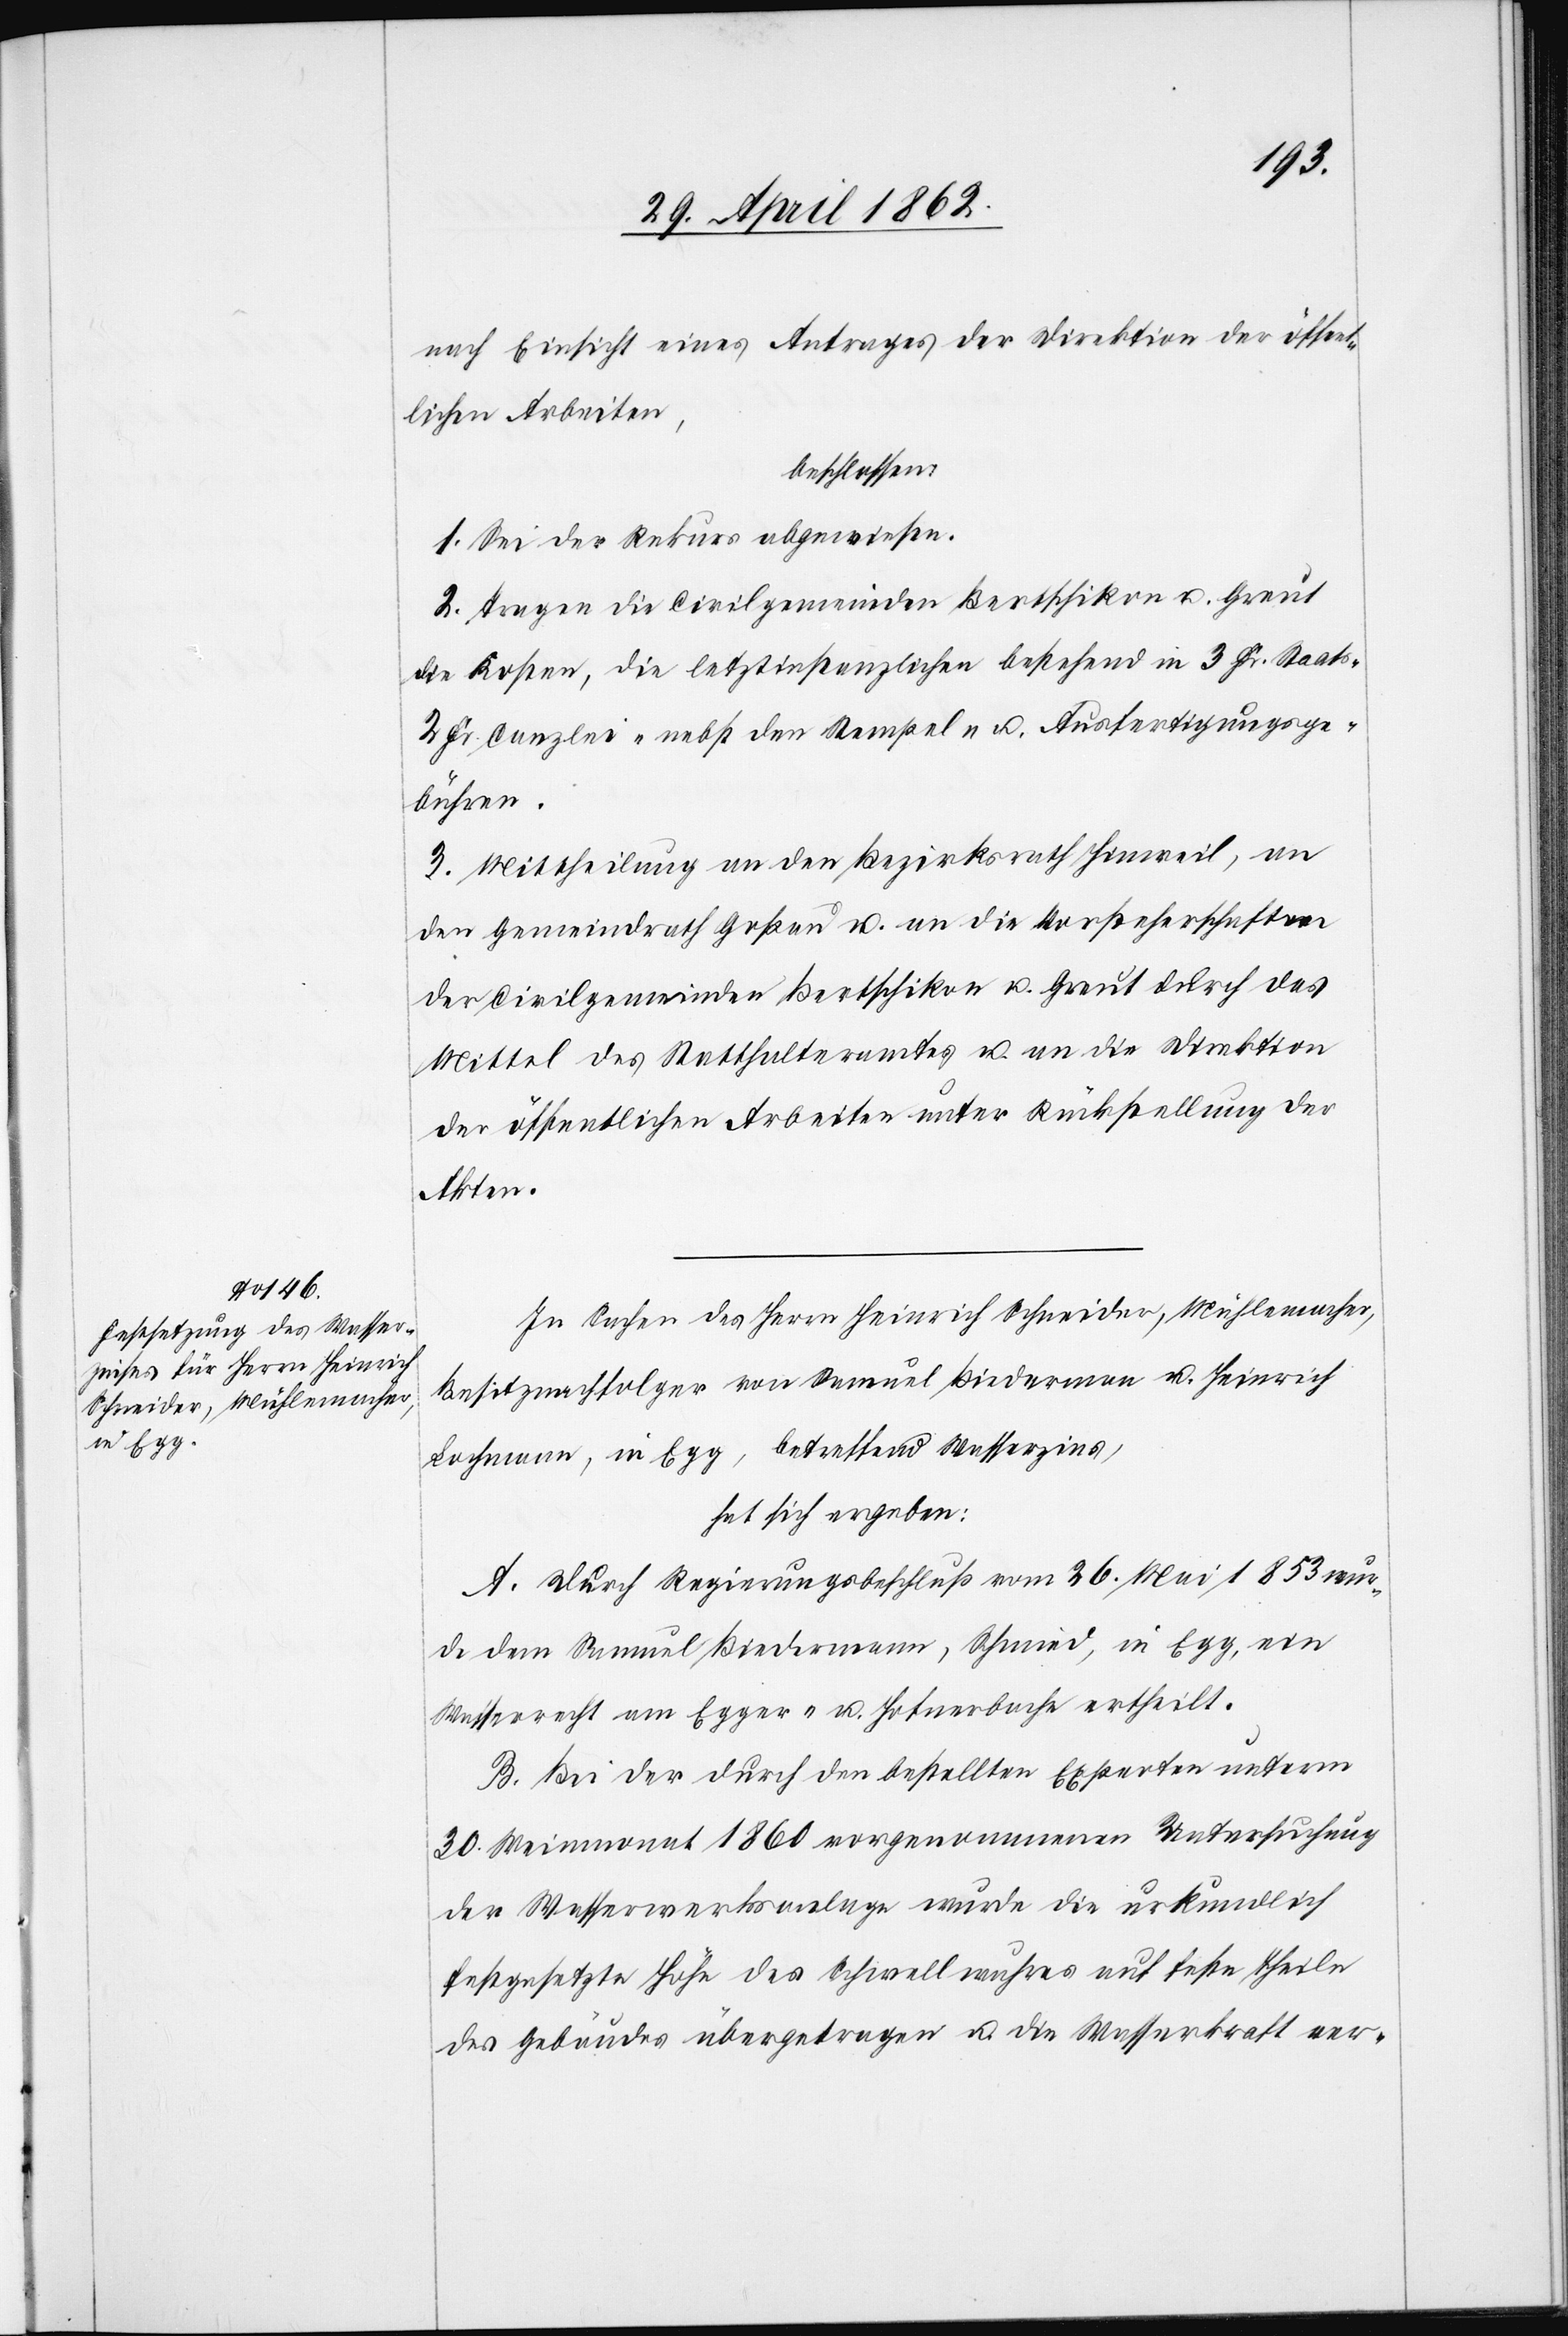
nach Einsicht eines Antrages der Direktion der öffent¬
lichen Arbeiten,
beschlossen:
1. Sei der Rekurs abgewiesen.
2. Tragen die Civilgemeinden Bertschikon u. Greut
die Kosten, die letztinstanzlichen bestehend in 3 Fr. Staats-[,]
2 Fr. Canzlei- nebst den Stempel- u. Ausfertigungsge¬
bühren.
3. Mittheilung an den Bezirksrath Hinweil, an
den Gemeindrath Goßau u. an die Vorsteherschaften
der Civilgemeinden Bertschikon u. Greut durch das
Mittel des Statthalteramtes u. an die Direktion
der öffentlichen Arbeiten unter Rückstellung der
Akten.
In Sachen des Herrn Heinrich Schneider, Mühlemacher,
Besitznachfolger von Samuel Biederman[n] u. Heinrich
Lochmann, in Egg, betreffend Wasserzins,
hat sich ergeben:
A. Durch Regierungsbeschluß vom 26. Mai 1853 wur¬
de dem Samuel Biedermann, Schmied, in Egg, ein
Wasserrecht am Egger- u. Hofnerbache ertheilt.
B. Bei der durch den bestellten Experten unterm
30. Weinmonat 1860 vorgenommenen Untersuchung
der Wasserwerksanlage wurde die urkundlich
festgesetzte Höhe des Schwellwuhres auf feste Theile
des Gebäudes übergetragen u. die Wasserkraft ver-